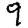
Digit: 9